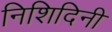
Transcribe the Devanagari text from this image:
निशिदिनी